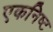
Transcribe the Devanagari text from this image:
एकनिष्ट